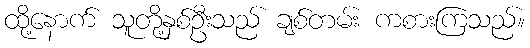
ထို့နောက် သူတို့နှစ်ဦးသည် ချစ်တမ်း ကစားကြသည်။